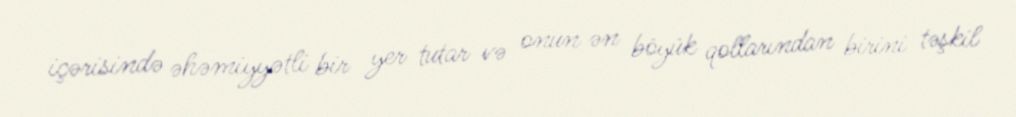
içərisində əhəmiyyətli bir yer tutar və onun ən böyük qollarından birini təşkil